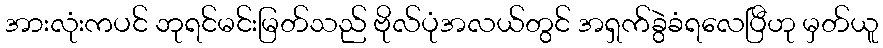
အားလုံးကပင် ဘုရင်မင်းမြတ်သည် ဗိုလ်ပုံအလယ်တွင် အရှက်ခွဲခံရလေပြီဟု မှတ်ယူ